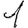
Digit: 1